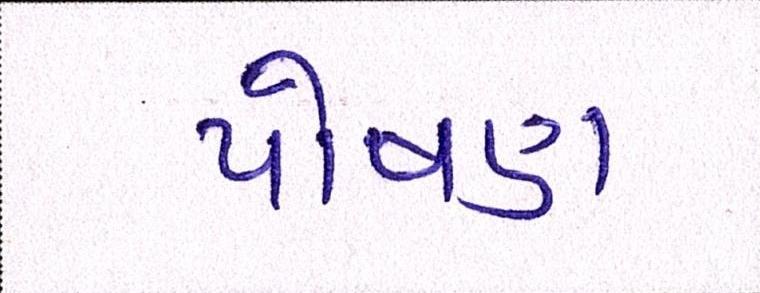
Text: પોષણ